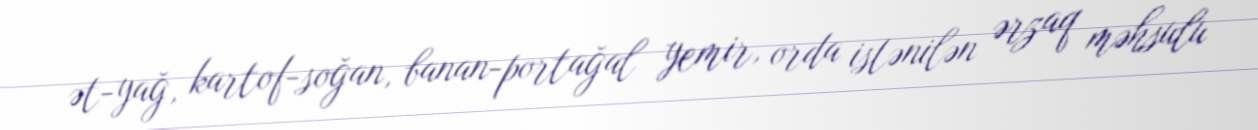
ət-yağ, kartof-soğan, banan-portağal yemir, orda istənilən ərzaq məhsulu